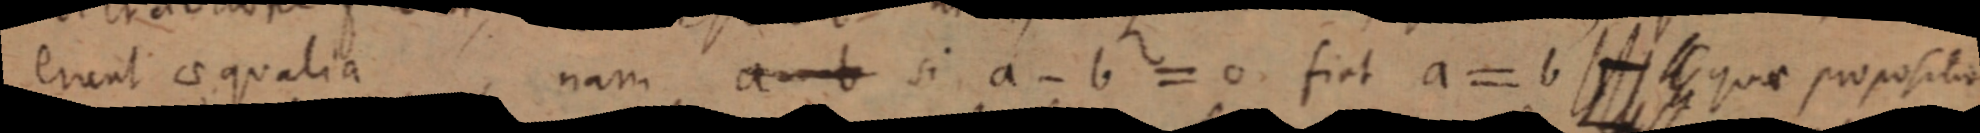
erunt aequalia nam a - b si a - b = 0. fiat a = b _ quae proposita